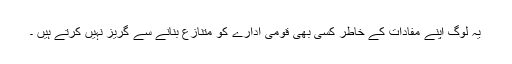
یہ لوگ اپنے مفادات کے خاطر کسی بھی قومی ادارے کو متنازع بنانے سے گریز نہیں کرتے ہیں ۔